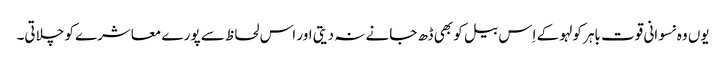
یوں وہ نسوانی قوت باہر کولہو کے اِس بیل کو بھی ڈھ جانے نہ دیتی اور اس لحاظ سے پورے معاشرے کو چلاتی۔